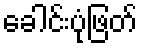
ခေါင်းပုံဖြတ်